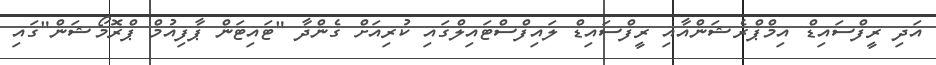
އަދި ރީފްސައިޑް އިމްޕްރެޝަންއާއި ރީފްސައިޑް ލައިފްސްޓައިލްގައި ކުރިއަށް ގެންދާ "ޓައިޓަން ޕާފިއުމް ޕްރޮމޯޝަން"ގައި